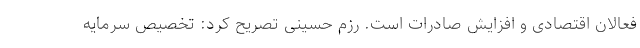
فعالان اقتصادی و افزایش صادرات است. رزم حسینی تصریح کرد: تخصیص سرمایه